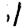
Digit: 1